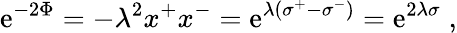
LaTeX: \mathrm{e}^{-2\Phi}=-\lambda^{2}x^{+}x^{-}=\mathrm{e}^{\lambda\left(\sigma^{+}-\sigma^{-}\right)}=\mathrm{e}^{2\lambda\sigma}\; ,